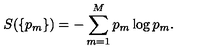
S ( \{ p _ { m } \} ) = - \sum _ { m = 1 } ^ { M } p _ { m } \log p _ { m } .